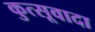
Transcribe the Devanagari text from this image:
कुत्सूवादा